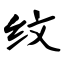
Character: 纹